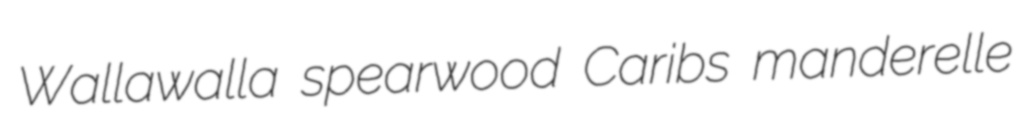
Wallawalla spearwood Caribs manderelle